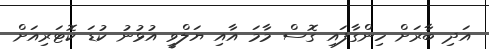
އަދި ބާރަށް ހިންގާފައި ގޮސް މާމަ އާއި ޔަލްވީ އުޅުނު ކުޑަ ކޮޓަރިއަށް